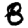
Digit: 8